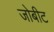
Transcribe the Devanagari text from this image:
जोबीट